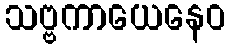
သဗ္ဗကာယေနေဝ